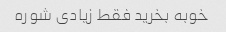
خوبه بخرید فقط زیادی شوره